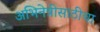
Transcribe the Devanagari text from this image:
अभिनेत्रीसाठीचा